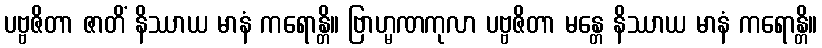
ပဗ္ဗဇိတာ ဇာတိံ နိဿာယ မာနံ ကရောန္တိ။ ဗြာဟ္မဏကုလာ ပဗ္ဗဇိတာ မန္တေ နိဿာယ မာနံ ကရောန္တိ။